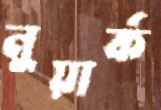
নুয়ার্ক